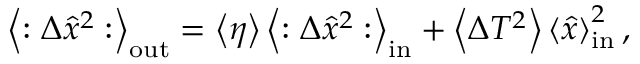
\begin{array} { r } { \left\langle : \Delta \hat { x } ^ { 2 } : \right\rangle _ { \mathrm { o u t } } = \left\langle \eta \right\rangle \left\langle : \Delta \hat { x } ^ { 2 } : \right\rangle _ { \mathrm { i n } } + \left\langle \Delta T ^ { 2 } \right\rangle \left\langle \hat { x } \right\rangle _ { \mathrm { i n } } ^ { 2 } , } \end{array}